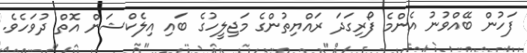
ފަހުން ބޭއްވުނު އެންމެ ފޯރިގަދަ ރައްޔިތުންގެ މަޖިލީހުގެ ބައި އިލެކްޝަން އޮތް ދުވަހެވެ.